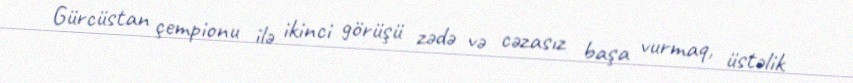
Gürcüstan çempionu ilə ikinci görüşü zədə və cəzasız başa vurmaq, üstəlik